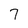
Character: 7